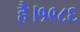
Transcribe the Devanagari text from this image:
है।१९८६